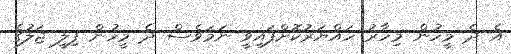
އެ ދެ މީހުން މިހާރު ހައްޔަރުކޮށްފައިވީ ނަމަވެސް ދެ މީހުން ފިލީ ޖަލުގެ